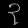
Digit: ၃